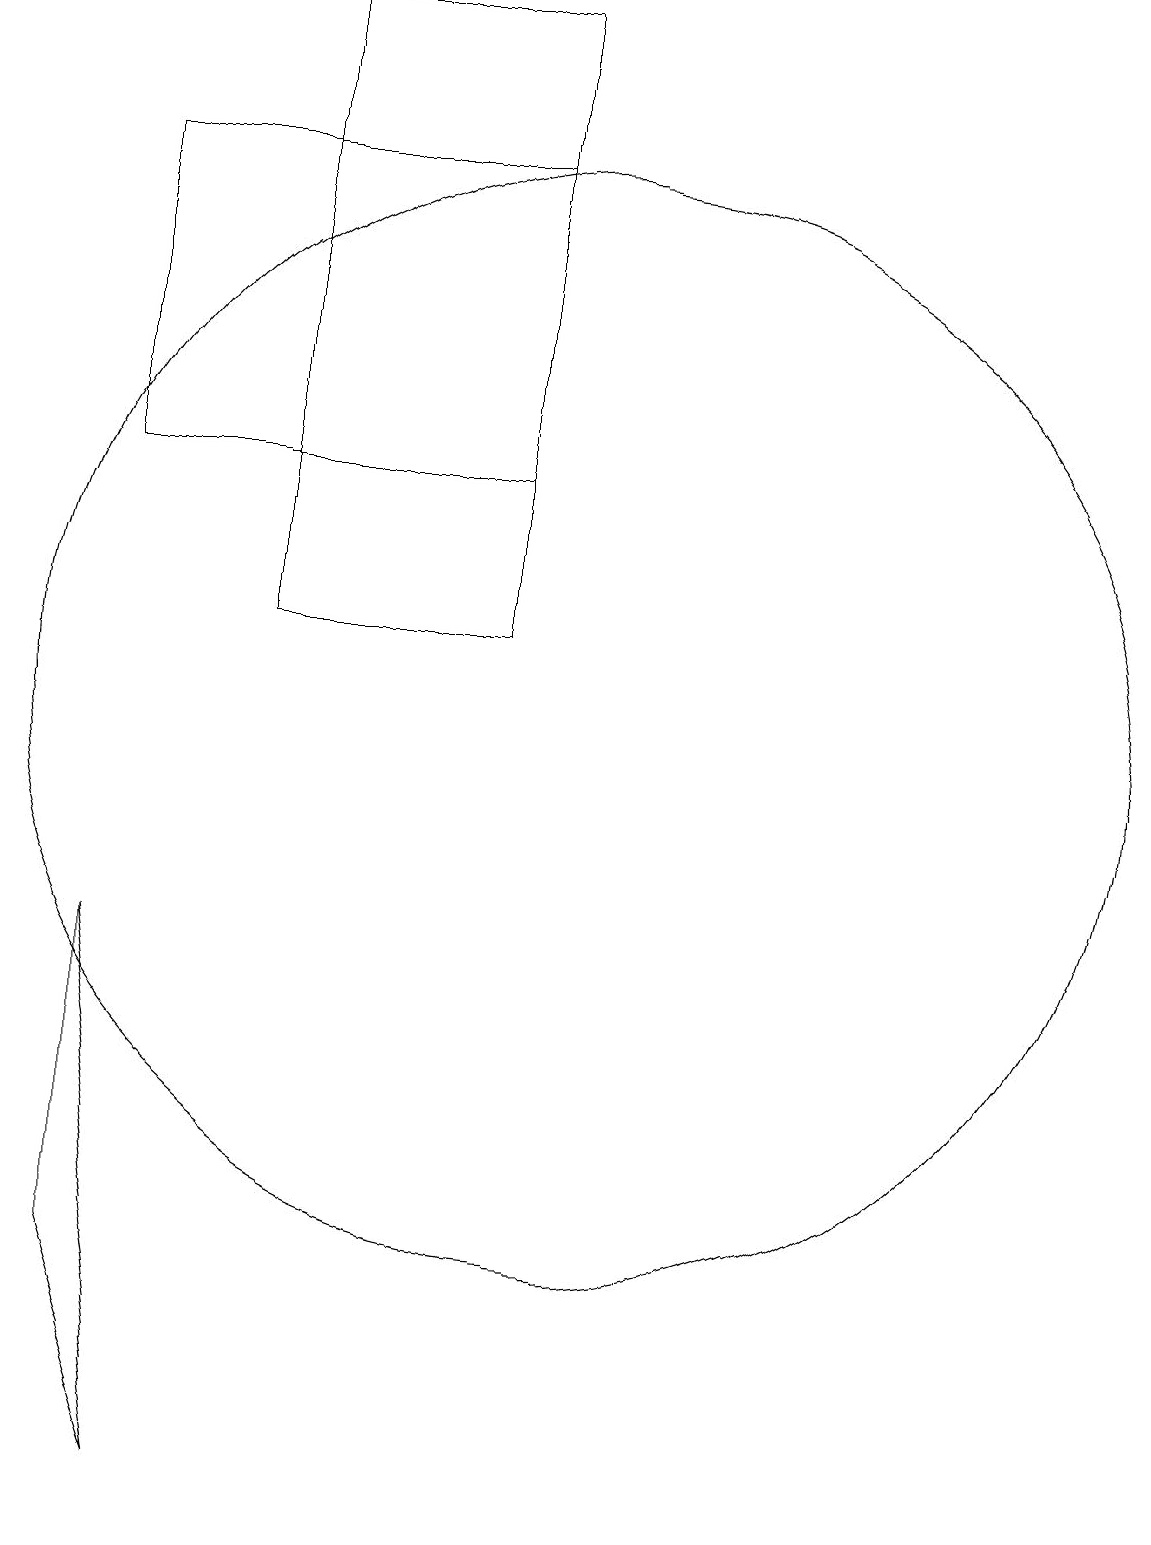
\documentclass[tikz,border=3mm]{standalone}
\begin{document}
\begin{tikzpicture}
\draw (11,10) circle (0);
\draw (9,11) rectangle (6,19);
\draw (10,10) circle (7);
\draw (12,12) circle (0);
\draw (4,17) rectangle (9,13);
\draw (4,7) -- (5,0) -- (4,3) -- cycle;
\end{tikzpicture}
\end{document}